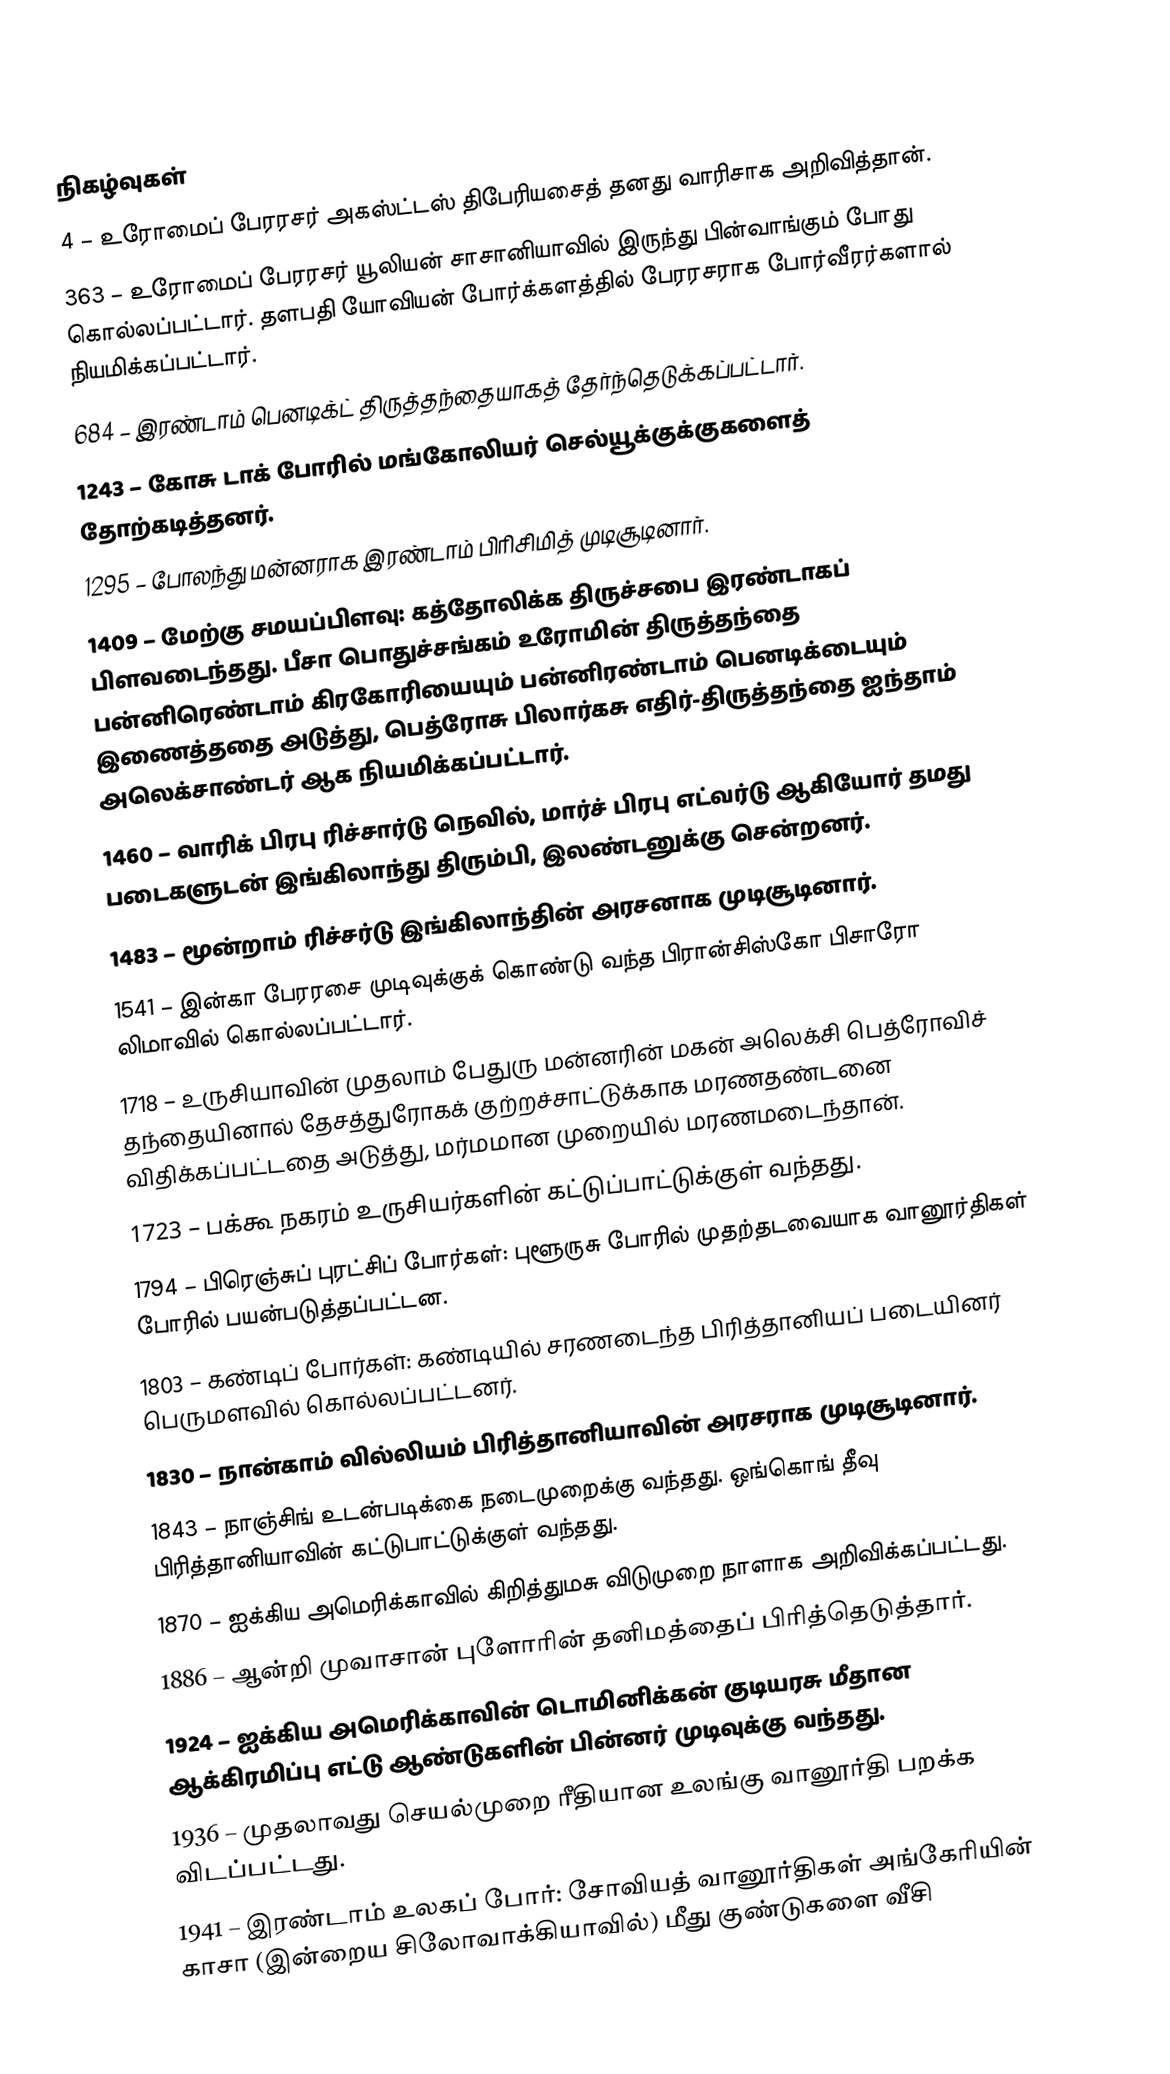

நிகழ்வுகள்
4 – உரோமைப் பேரரசர் அகஸ்ட்டஸ் திபேரியசைத் தனது வாரிசாக அறிவித்தான்.
363 – உரோமைப் பேரரசர் யூலியன் சாசானியாவில் இருந்து பின்வாங்கும் போது கொல்லப்பட்டார். தளபதி யோவியன் போர்க்களத்தில் பேரரசராக போர்வீரர்களால் நியமிக்கப்பட்டார்.
 684 – இரண்டாம் பெனடிக்ட் திருத்தந்தையாகத் தேர்ந்தெடுக்கப்பட்டார்.
1243 – கோசு டாக் போரில் மங்கோலியர் செல்யூக்குக்குகளைத் தோற்கடித்தனர்.
1295 – போலந்து மன்னராக இரண்டாம் பிரிசிமித் முடிசூடினார்.
1409 – மேற்கு சமயப்பிளவு: கத்தோலிக்க திருச்சபை இரண்டாகப் பிளவடைந்தது. பீசா பொதுச்சங்கம் உரோமின் திருத்தந்தை பன்னிரெண்டாம் கிரகோரியையும் பன்னிரண்டாம் பெனடிக்டையும் இணைத்ததை அடுத்து, பெத்ரோசு பிலார்கசு எதிர்-திருத்தந்தை ஐந்தாம் அலெக்சாண்டர் ஆக நியமிக்கப்பட்டார்.
1460 – வாரிக் பிரபு ரிச்சார்டு நெவில், மார்ச் பிரபு எட்வர்டு ஆகியோர் தமது படைகளுடன் இங்கிலாந்து திரும்பி, இலண்டனுக்கு சென்றனர்.
1483 – மூன்றாம் ரிச்சர்டு இங்கிலாந்தின் அரசனாக முடிசூடினார்.
1541 – இன்கா பேரரசை முடிவுக்குக் கொண்டு வந்த பிரான்சிஸ்கோ பிசாரோ லிமாவில் கொல்லப்பட்டார்.
1718 – உருசியாவின் முதலாம் பேதுரு மன்னரின் மகன் அலெக்சி பெத்ரோவிச் தந்தையினால் தேசத்துரோகக் குற்றச்சாட்டுக்காக மரணதண்டனை விதிக்கப்பட்டதை அடுத்து, மர்மமான முறையில் மரணமடைந்தான்.
1723 – பக்கூ நகரம் உருசியர்களின் கட்டுப்பாட்டுக்குள் வந்தது.
1794 – பிரெஞ்சுப் புரட்சிப் போர்கள்: புளூருசு போரில் முதற்தடவையாக வானூர்திகள் போரில் பயன்படுத்தப்பட்டன.
1803 – கண்டிப் போர்கள்: கண்டியில் சரணடைந்த பிரித்தானியப் படையினர் பெருமளவில் கொல்லப்பட்டனர்.
1830 – நான்காம் வில்லியம் பிரித்தானியாவின் அரசராக முடிசூடினார்.
1843 – நாஞ்சிங் உடன்படிக்கை நடைமுறைக்கு வந்தது. ஒங்கொங் தீவு பிரித்தானியாவின் கட்டுபாட்டுக்குள் வந்தது.
1870 – ஐக்கிய அமெரிக்காவில் கிறித்துமசு விடுமுறை நாளாக அறிவிக்கப்பட்டது.
1886 – ஆன்றி முவாசான் புளோரின் தனிமத்தைப் பிரித்தெடுத்தார்.
1924 – ஐக்கிய அமெரிக்காவின் டொமினிக்கன் குடியரசு மீதான ஆக்கிரமிப்பு எட்டு ஆண்டுகளின் பின்னர் முடிவுக்கு வந்தது.
1936 – முதலாவது செயல்முறை ரீதியான உலங்கு வானூர்தி பறக்க விடப்பட்டது.
1941 – இரண்டாம் உலகப் போர்: சோவியத் வானூர்திகள் அங்கேரியின் காசா (இன்றைய சிலோவாக்கியாவில்) மீது குண்டுகளை வீசி